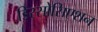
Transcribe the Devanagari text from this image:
डिस्सोसिएशन